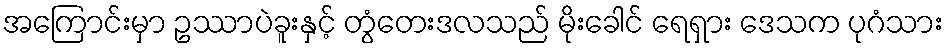
အကြောင်းမှာ ဥဿာပဲခူးနှင့် တွံတေးဒလသည် မိုးခေါင် ရေရှား ဒေသက ပုဂံသား